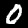
Digit: 0